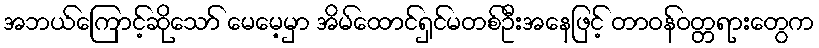
အဘယ်ကြောင့်ဆိုသော် မေမေ့မှာ အိမ်ထောင်ရှင်မတစ်ဦးအနေဖြင့် တာဝန်ဝတ္တရားတွေက